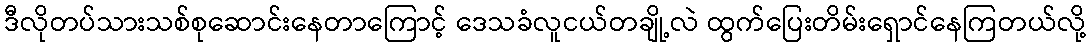
ဒီလိုတပ်သားသစ်စုဆောင်းနေတာကြောင့် ဒေသခံလူငယ်တချို့လဲ ထွက်ပြေးတိမ်းရှောင်နေကြတယ်လို့